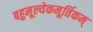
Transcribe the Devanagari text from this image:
बहुमूल्येकमूर्तिकम्‌